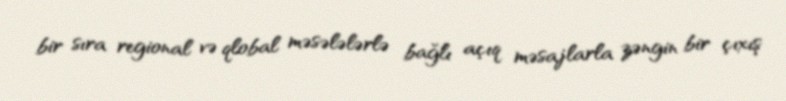
bir sıra regional və qlobal məsələlərlə bağlı açıq məsajlarla zəngin bir çıxış